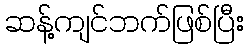
ဆန့်ကျင်ဘက်ဖြစ်ပြီး